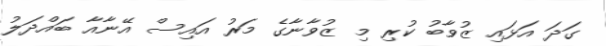
ގަދަ އަޅައި ޒުވާބު ކުރި މި ޒުވާނާގެ މަރު އައިސް އޭނާއާ ބައްދަލު